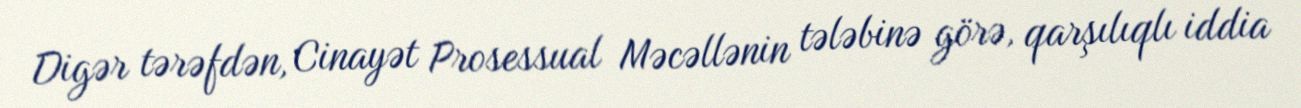
Digər tərəfdən, Cinayət Prosessual Məcəllənin tələbinə görə, qarşılıqlı iddia